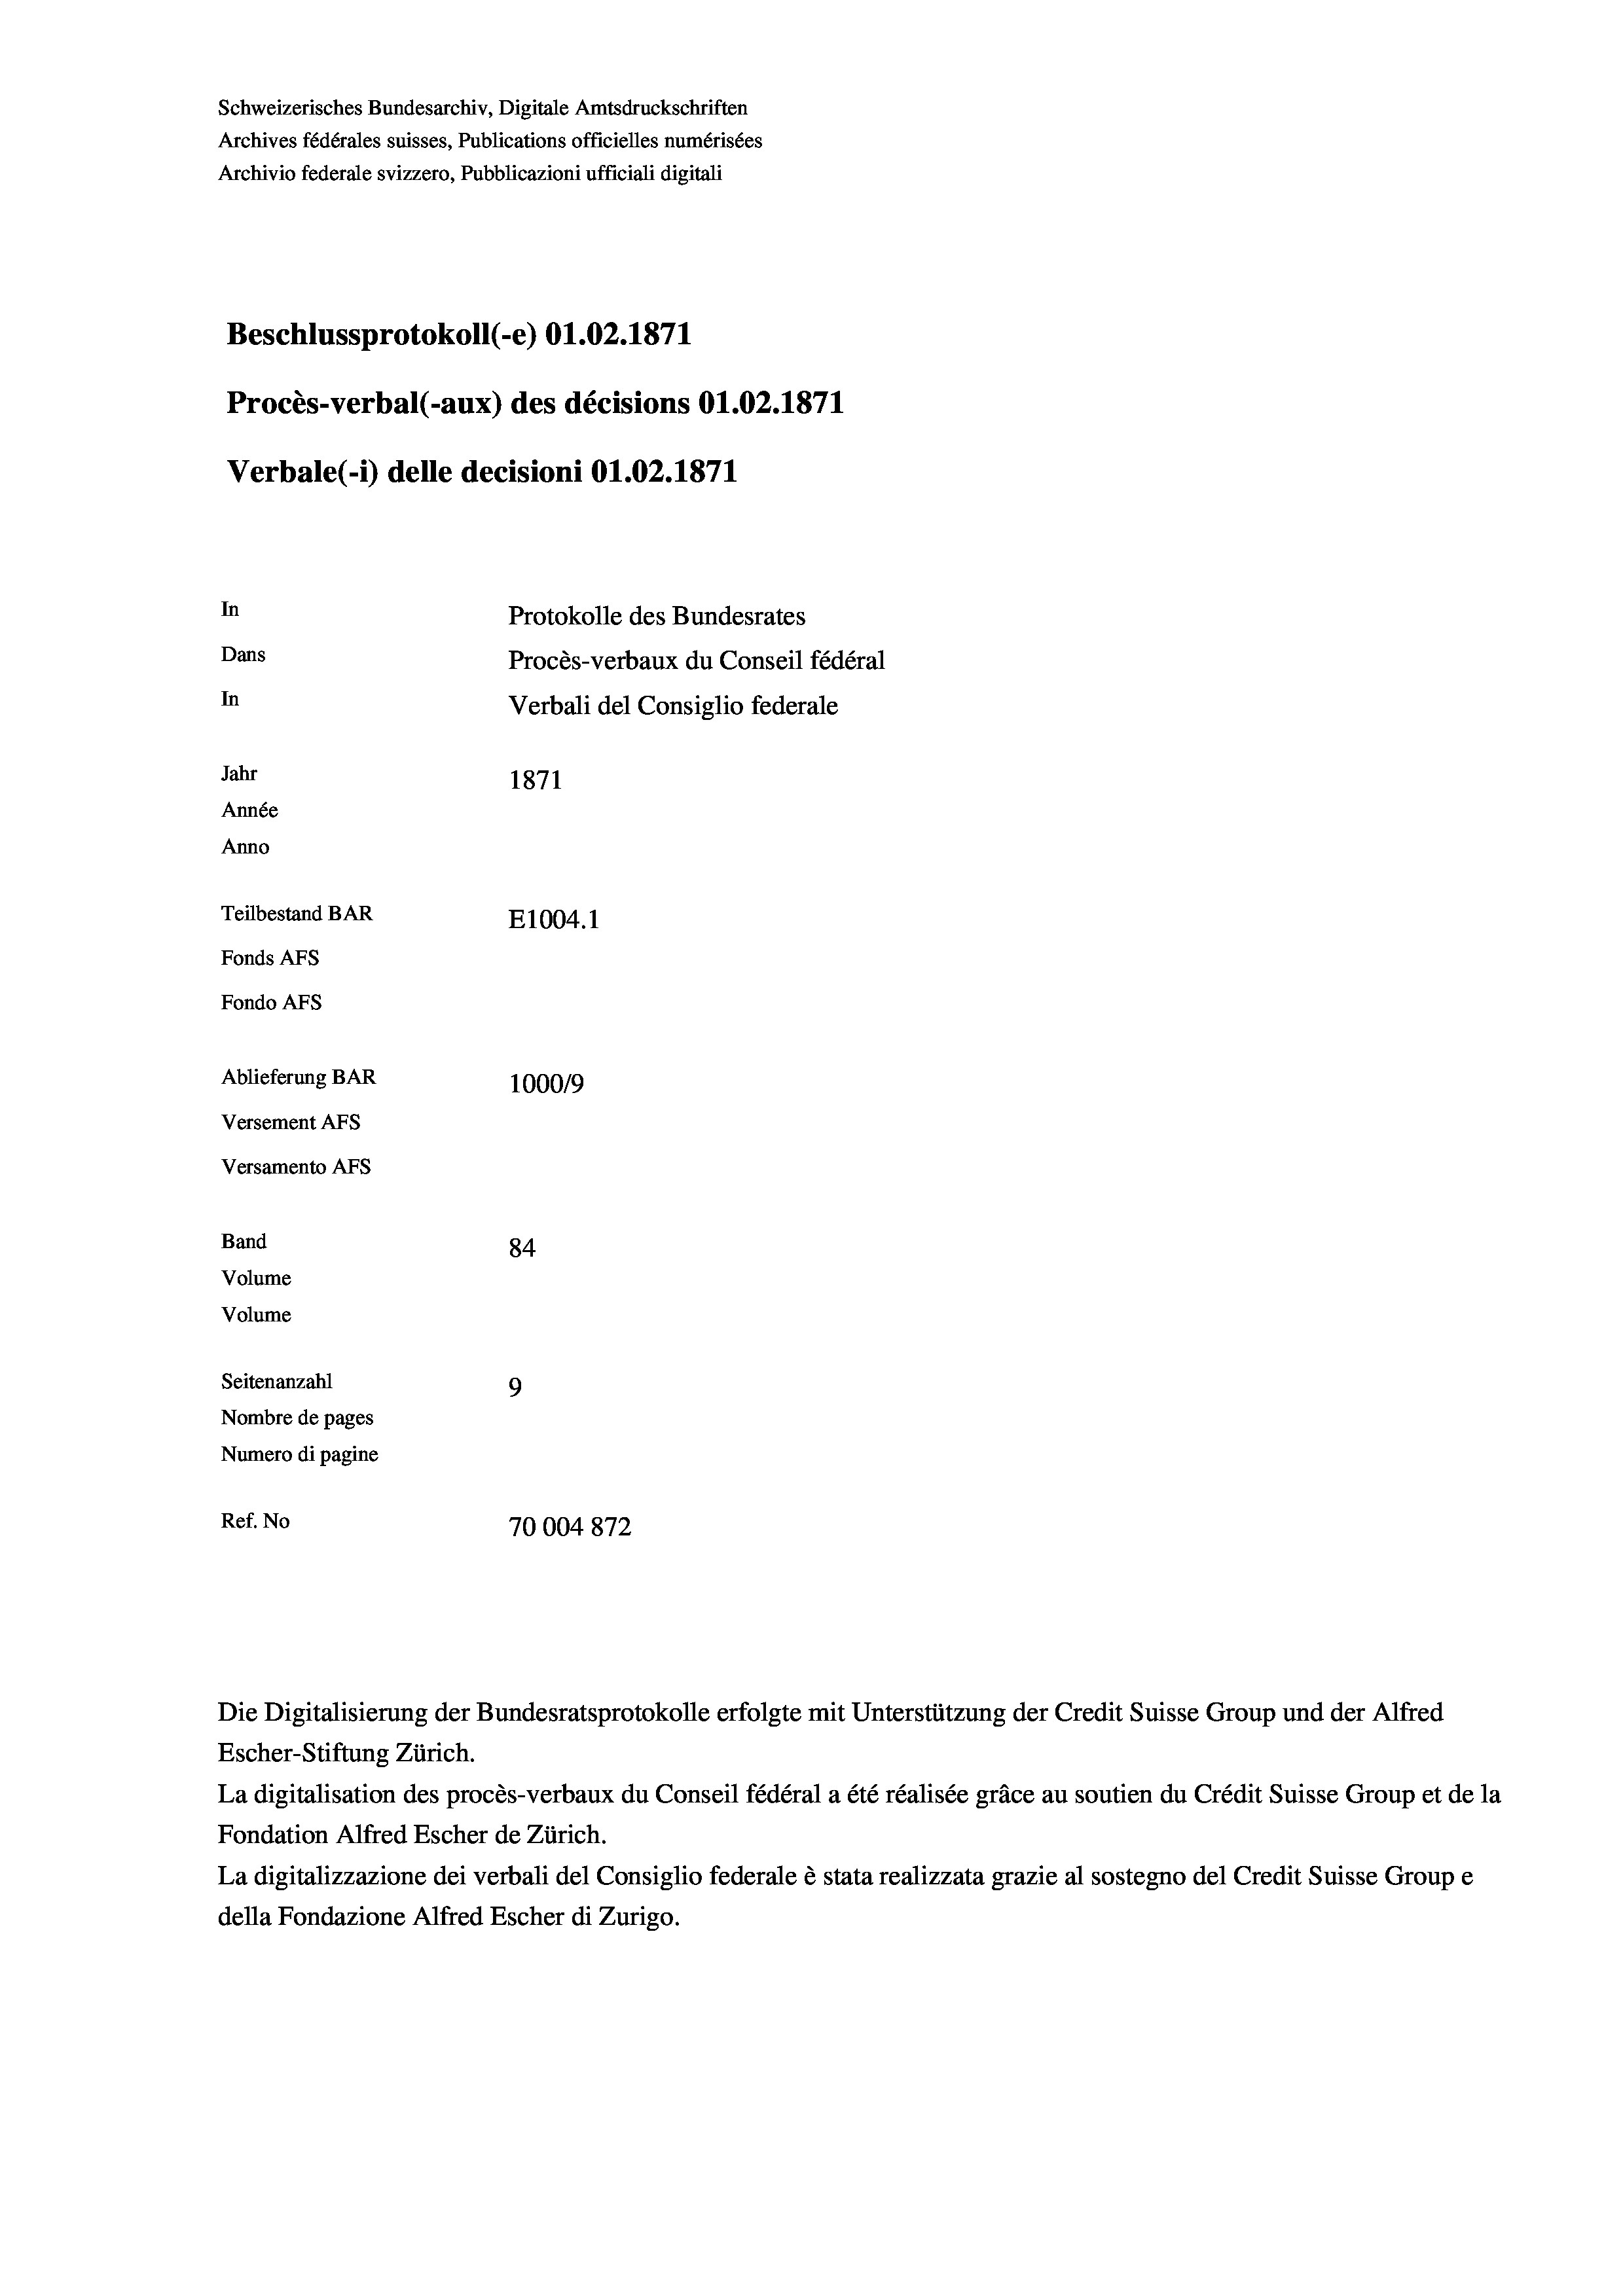
Schweizerisches Bundesarchiv, Digitale Amtsdruckschriften
Archives fédérales suisses, Publications officielles numérisées
Archivio federale svizzero, Pubblicazioni ufficiali digitali
Beschlussprotokoll (-e) O1.02. 1871
Procès-verbal (-aux) des décisions O1.02. 1871
Verbale (- 1) delle decisioni O1.02. 1871
In
Protokolle des Bundesrates
Dans
Procès-verbaux du Conseil fédéral
In
Verbali del Consiglio federale
Jahr
1871
Année
Anno
Teilbestand BAR
E1004. 1
Fonds AFs
Fondo AFS
Ablieferung BAR
100019
Versement Abs
Versamento Afs
Band
84
Volume
Volume

Seitenanzahl
9
Nombre de pages
Numero di pagine
Ref. No
70004872

Escher-Stiftung Zürich.
La digitalisation des procès-verbaux du Conseil fédéral a été réalisée gräce au soutien du Crédit Suisse Group et de la
Fondation Alfred Escher de Zürich.
La digitalizzazione dei verbali del Consiglio federale è stata realizzata grazie al sostegno del Credit Suisse Groupe
della Fondazione Alfred Escher di Zurigo.

Die Digitalisierung der Bundesratsprotokolle erfolgte mit Unterstützung der Credit Suisse Group und der Alfred